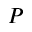
P